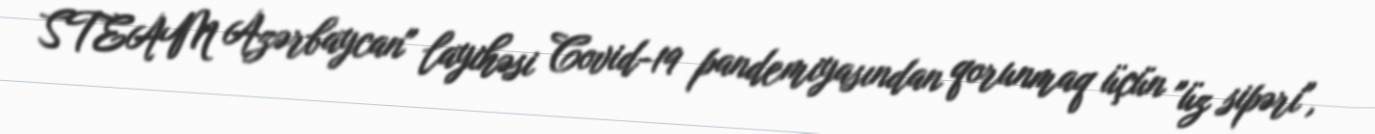
STEAM Azərbaycan" layihəsi Covid-19 pandemiyasından qorunmaq üçün "üz sipəri",